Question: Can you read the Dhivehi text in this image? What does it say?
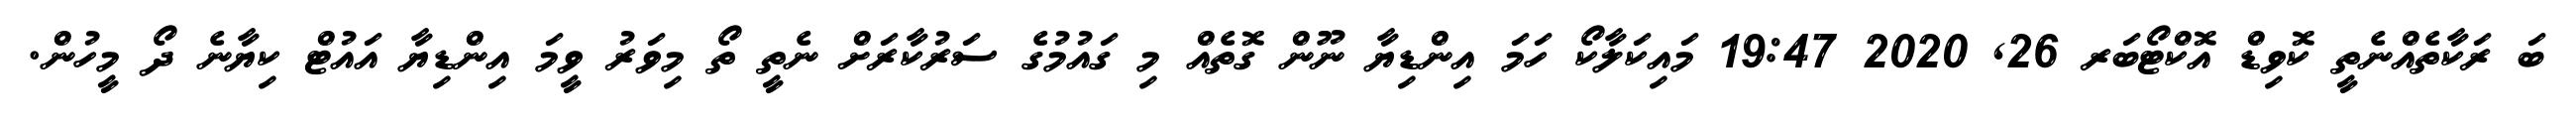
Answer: ބަ ރަކާތެއްނެތީ ކޮވިޑް އޮކްޓޯބަރ 26, 2020 19:47 މައިކަލާކޯ ހަމަ އިންޑިޔާ ނޫން ގޮތެއް މި ގައުމުގެ ސަރުކާރަށް ނެތީ ތޯ މިވަރު ވީމަ އިންޑިޔާ އައުޓް ކިޔާނެ ދޯ މީހުން.